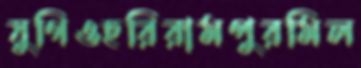
যুগিওহরিরামপুরমিল